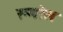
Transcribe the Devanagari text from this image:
रूपरेल